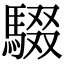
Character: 䮕